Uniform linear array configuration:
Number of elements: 4
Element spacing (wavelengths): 0.75
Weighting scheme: kaiser
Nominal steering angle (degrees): -60
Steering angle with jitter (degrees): -58.242
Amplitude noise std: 0.05
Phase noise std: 0.05

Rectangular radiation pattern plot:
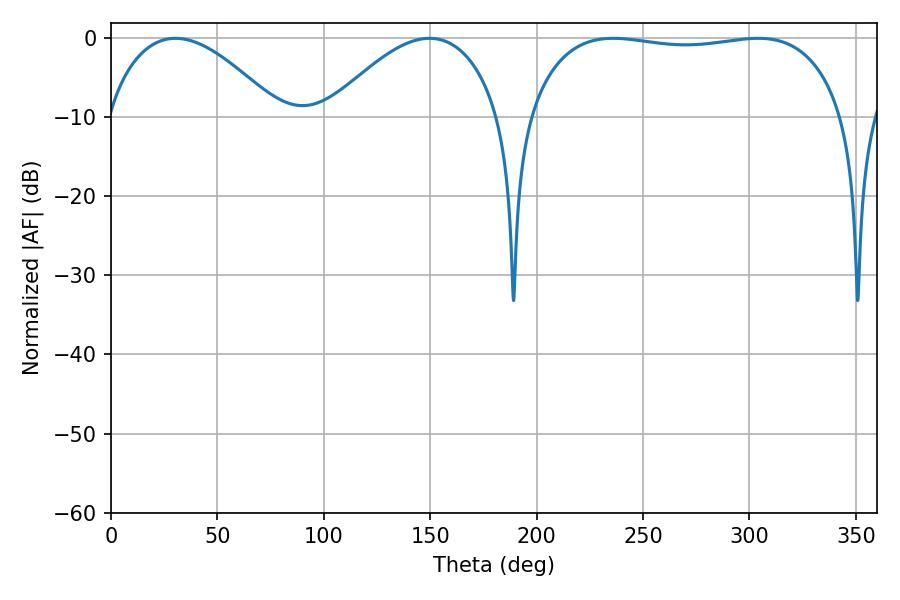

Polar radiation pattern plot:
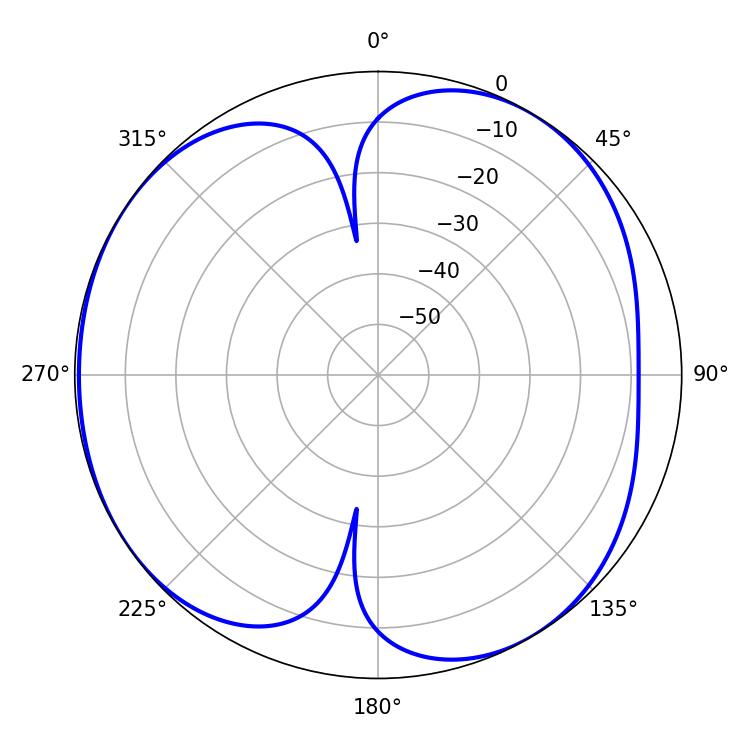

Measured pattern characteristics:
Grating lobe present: TRUE
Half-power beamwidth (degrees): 118.8
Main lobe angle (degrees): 235.98